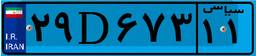
۲۹D۶۷۳۱۱